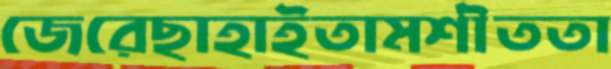
জেরেছাহাইতামশীততা